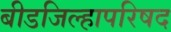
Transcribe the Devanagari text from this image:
बीडजिल्हापरिषद